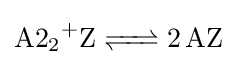
{\ce {{A2}+2Z <=> 2AZ}}